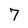
Character: 7